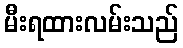
မီးရထားလမ်းသည်